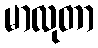
မာလုတာ